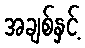
အချစ်နှင့်